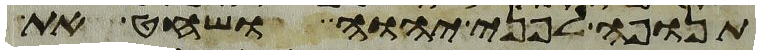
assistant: תנופה לפני יהוה ושחט את